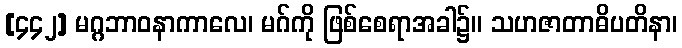
[၄၄၂] မဂ္ဂဘာဝနာကာလေ၊ မဂ်ကို ဖြစ်စေရာအခါ၌။ သဟဇာတာဓိပတိနာ၊